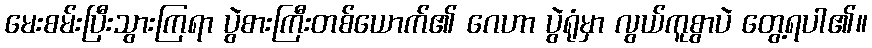
မေးစမ်းပြီးသွားကြရာ ပွဲစားကြီးတစ်ယောက်၏ ဂေဟာ ပွဲရုံမှာ လွယ်ကူစွာပဲ တွေ့ရပါ၏။